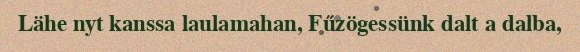
Lähe nyt kanssa laulamahan, Fűzögessünk dalt a dalba,